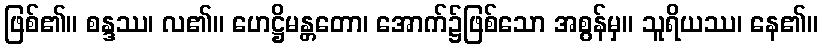
ဖြစ်၏။ စန္ဒဿ၊ လ၏။ ဟေဋ္ဌိမန္တတော၊ အောက်၌ဖြစ်သော အစွန်မှ။ သူရိယဿ၊ နေ၏။